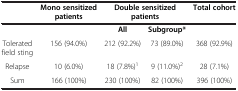
|  | Mono sensitized patients | <COLSPAN=2> Double sensitized patients | Total cohort |
 | --- | --- | --- | --- | --- |
 |  |  | All | Subgroup* |  |
 | Tolerated field sting | 156 (94.0%) | 212 (92.2%) | 73 (89.0%) | 368 (92.9%) |
 | Relapse | 10 (6.0%) | 18 (7.8%)1 | 9 (11.0%)2 | 28 (7.1%) |
 | Sum | 166 (100%) | 230 (100%) | 82 (100%) | 396 (100%) |